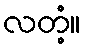
လတံ့။